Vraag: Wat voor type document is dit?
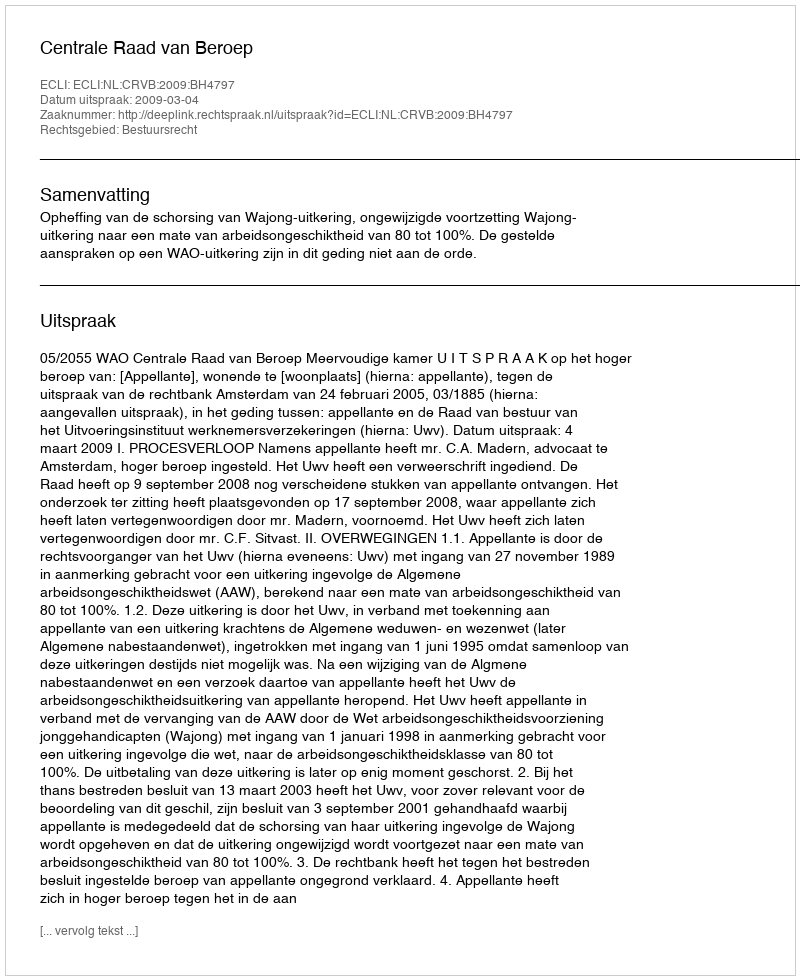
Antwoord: Uitspraak